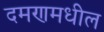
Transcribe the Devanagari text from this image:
दमणमधील